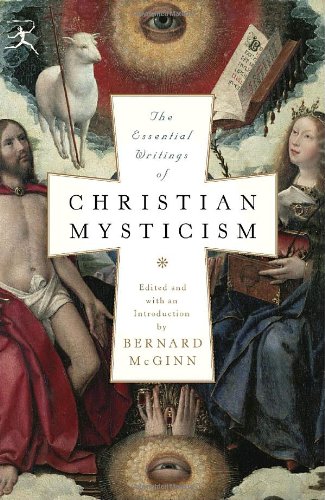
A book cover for The Essential Writings of Christian Mysticism (Modern Library Classics); Bernard McGinn; Christian Books & Bibles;